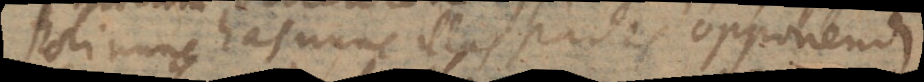
Poli nunc has nunc illas partes opponendi